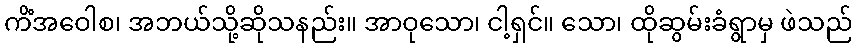
ကိံအဝေါစ၊ အဘယ်သို့ဆိုသနည်း။ အာဝုသော၊ ငါ့ရှင်။ သော၊ ထိုဆွမ်းခံရွာမှ ဖဲသည်